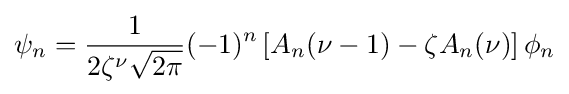
\psi _{n}={\frac {1}{2\zeta ^{\nu }{\sqrt {2\pi }}}}(-1)^{n}\left[A_{n}(\nu -1)-\zeta A_{n}(\nu )\right]\phi _{n}